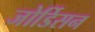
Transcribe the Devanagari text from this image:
जोर्डिसन